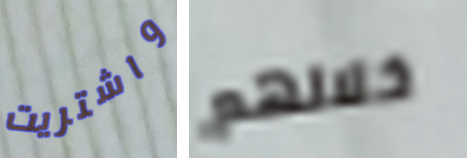
واشتريت خلالهم